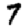
Digit: 7